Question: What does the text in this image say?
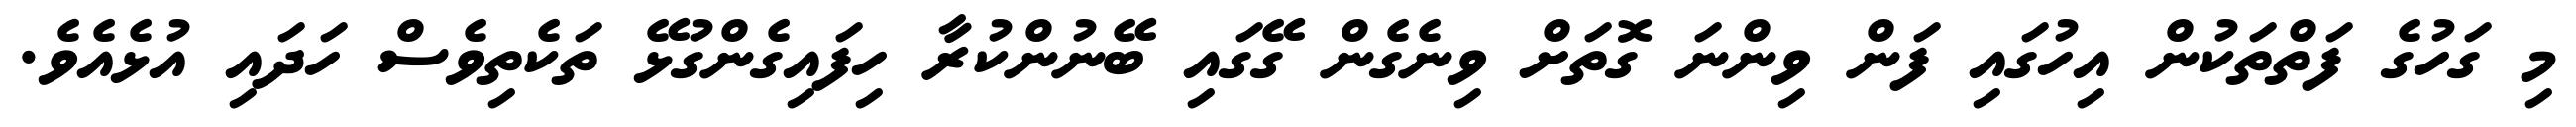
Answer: މި ގަހުގެ ފަތްތަކުން އިހުގައި ފަން ވިންނަ ގޮތަށް ވިނެގެން ގޭގައި ބޭނުންކުރާ ހިފައިގެންގުޅޭ ތަކެތިވެސް ހަދައި އުޅެއެވެ.